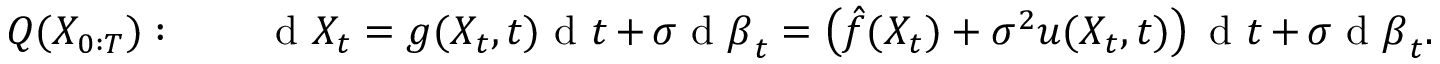
Q ( X _ { 0 : T } ) : \qquad \mathrm { ~ d ~ } X _ { t } = g ( X _ { t } , t ) \mathrm { ~ d ~ } t + \sigma \mathrm { ~ d ~ } \boldsymbol { \beta } _ { t } = \left( \hat { f } ( X _ { t } ) + \sigma ^ { 2 } u ( X _ { t } , t ) \right) \mathrm { ~ d ~ } t + \sigma \mathrm { ~ d ~ } \boldsymbol { \beta } _ { t } .